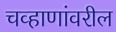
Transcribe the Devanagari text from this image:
चव्हाणांवरील